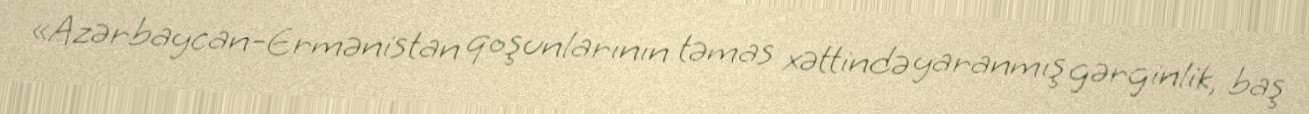
«Azərbaycan-Ermənistan qoşunlarının təmas xəttində yaranmış gərginlik, baş